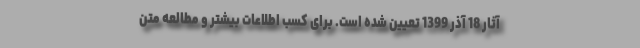
آثار 18 آذر 1399 تعیین شده است. برای کسب اطلاعات بیشتر و مطالعه متن